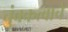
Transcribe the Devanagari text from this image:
चुंबकत्वाचे